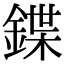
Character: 鍱